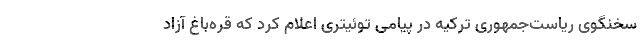
سخنگوی ریاست‌جمهوری ترکیه در پیامی توئیتری اعلام کرد که قره‌باغ آزاد